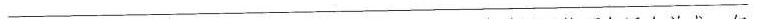
___